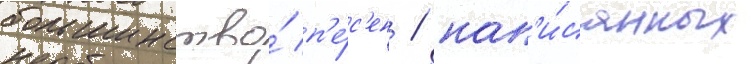
большинство́ п'е́с'ен / нап'и́санных